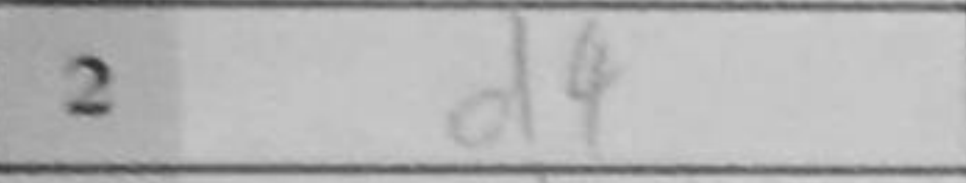
Transcription: d4